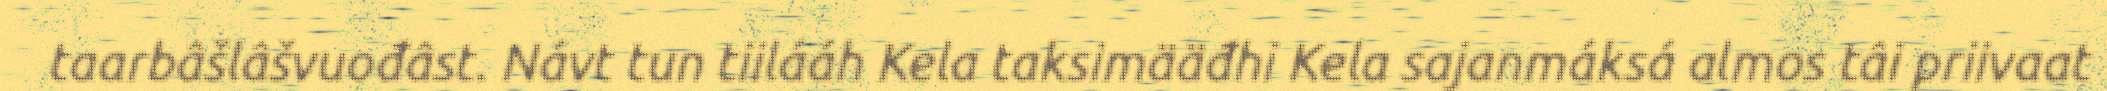
taarbâšlâšvuođâst. Návt tun tiilááh Kela taksimääđhi Kela sajanmáksá almos tâi priivaat